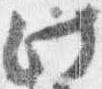
此